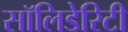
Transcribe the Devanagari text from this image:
सॉलिडेरिटी